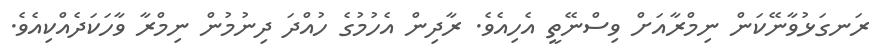
ރަނގަޅުވާނޭކަން ނިމްރާއަށް ވިސްނޭތީ އެހިއެވެ. ރާދިން އެހުމުގެ ހުއްދަ ދިނުމުން ނިމްރާ ވާހަކަދެއްކިއެވެ.